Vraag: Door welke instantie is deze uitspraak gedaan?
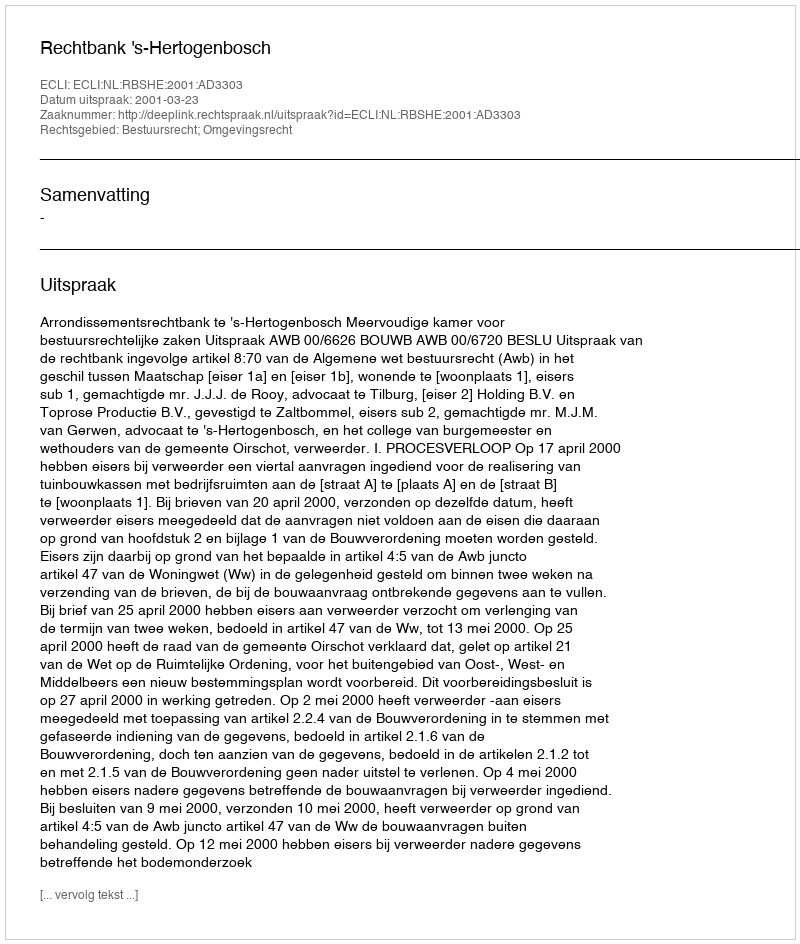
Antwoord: Rechtbank 's-Hertogenbosch